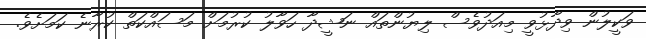
ވަކީލުން ވިދާޅުވީ މިއަދުވެސް ލިޔުންތައް ނަޝީދާ ހަވާލު ކުރުމަށް މަސައްކަތް ކުރާނެ ކަމަށެވެ.